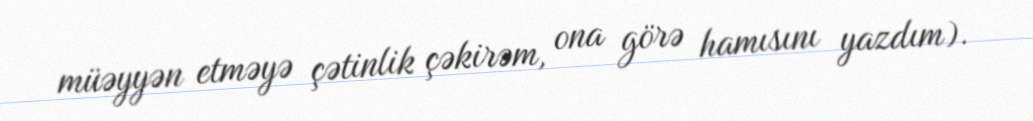
müəyyən etməyə çətinlik çəkirəm, ona görə hamısını yazdım).